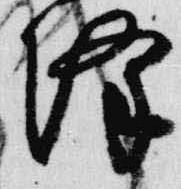
降